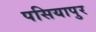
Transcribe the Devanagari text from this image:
पसियापुर